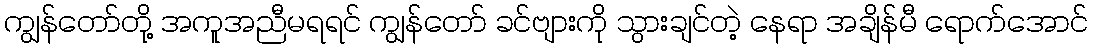
ကျွန်တော်တို့ အကူအညီမရရင် ကျွန်တော် ခင်ဗျားကို သွားချင်တဲ့ နေရာ အချိန်မီ ရောက်အောင်